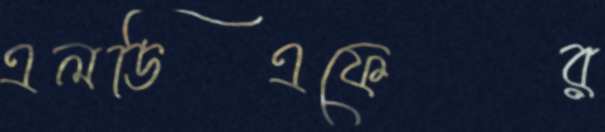
এলডিএফের